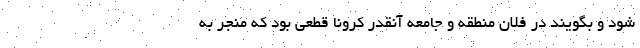
شود و بگویند در فلان منطقه و جامعه آنقدر کرونا قطعی بود که منجر به